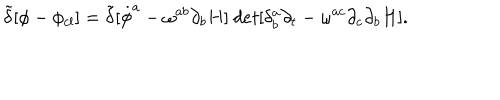
{ \tilde { \delta } } [ \phi - \phi _ { c l } ] = { \tilde { \delta } } [ { \dot { \phi } ^ { a } - \omega ^ { a b } \partial _ { b } H ] ~ d e t [ \delta _ { b } ^ { a } \partial _ { t } - \omega ^ { a c } \partial _ { c } \partial _ { b } H } ] .